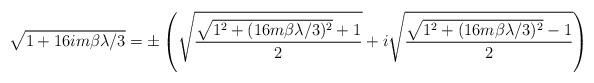
LaTeX: \begin{align*}\sqrt{1+ 16im\beta \lambda/3}=\pm \left( \sqrt{\frac{\sqrt{1^{2}+(16m\beta \lambda /3)^{2}}+1}{2}} + i \sqrt{\frac{\sqrt{1^{2}+(16m\beta \lambda /3)^{2}}-1}{2}} \right)\end{align*}